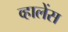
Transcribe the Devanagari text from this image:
व्हालेंस